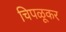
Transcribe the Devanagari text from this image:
चिपळूकर